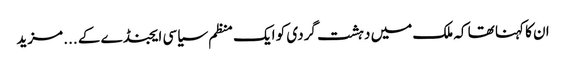
ان کا کہنا تھا کہ ملک میں دہشت گردی کو ایک منظم سیاسی ایجنڈے کے ... مزید